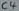
Text: C4